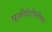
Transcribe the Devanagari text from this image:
यूज़ीटेटीसीमम